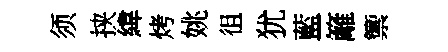
须挟緯烤姚徂犹藍籬籞